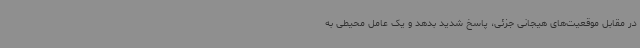
در مقابل موقعیت‌های هیجانی جزئی‌، پاسخ شدید بدهد و یک عامل محیطی به